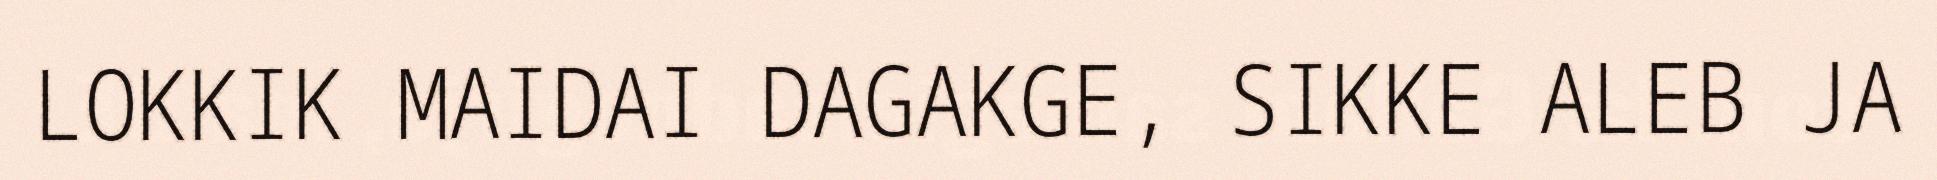
LOKKIK MAIDAI DAGAKGE, SIKKE ALEB JA